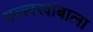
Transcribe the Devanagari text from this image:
मल्लखांबाला